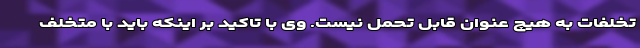
تخلفات به هیچ عنوان قابل تحمل نیست. وی با تاکید بر اینکه باید با متخلف